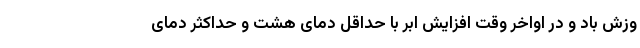
وزش باد و در اواخر وقت افزایش ابر با حداقل دمای هشت و حداکثر دمای